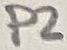
Text: P2